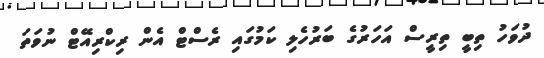
ދުވަހު ތިބީ ތިރީސް އަހަރުގެ ބަރުހެލި ކަމުގައި ރެސްޓް އެން ރިކްރިއޭޓް ނުވަތަ